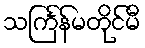
သင်္ကြန်မတိုင်မီ